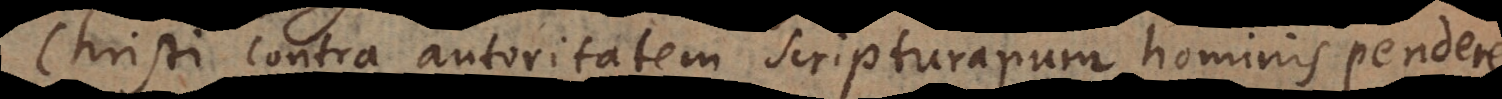
Christi contra autoritatem scripturarum hominis pendere